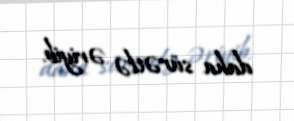
daha sürətlə əriyib.